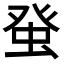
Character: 𤼭